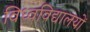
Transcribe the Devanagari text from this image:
विध्वविद्यालयों